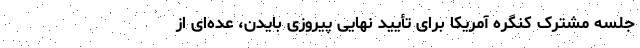
جلسه مشترک کنگره آمریکا برای تأیید نهایی پیروزی بایدن، عده‌ای از